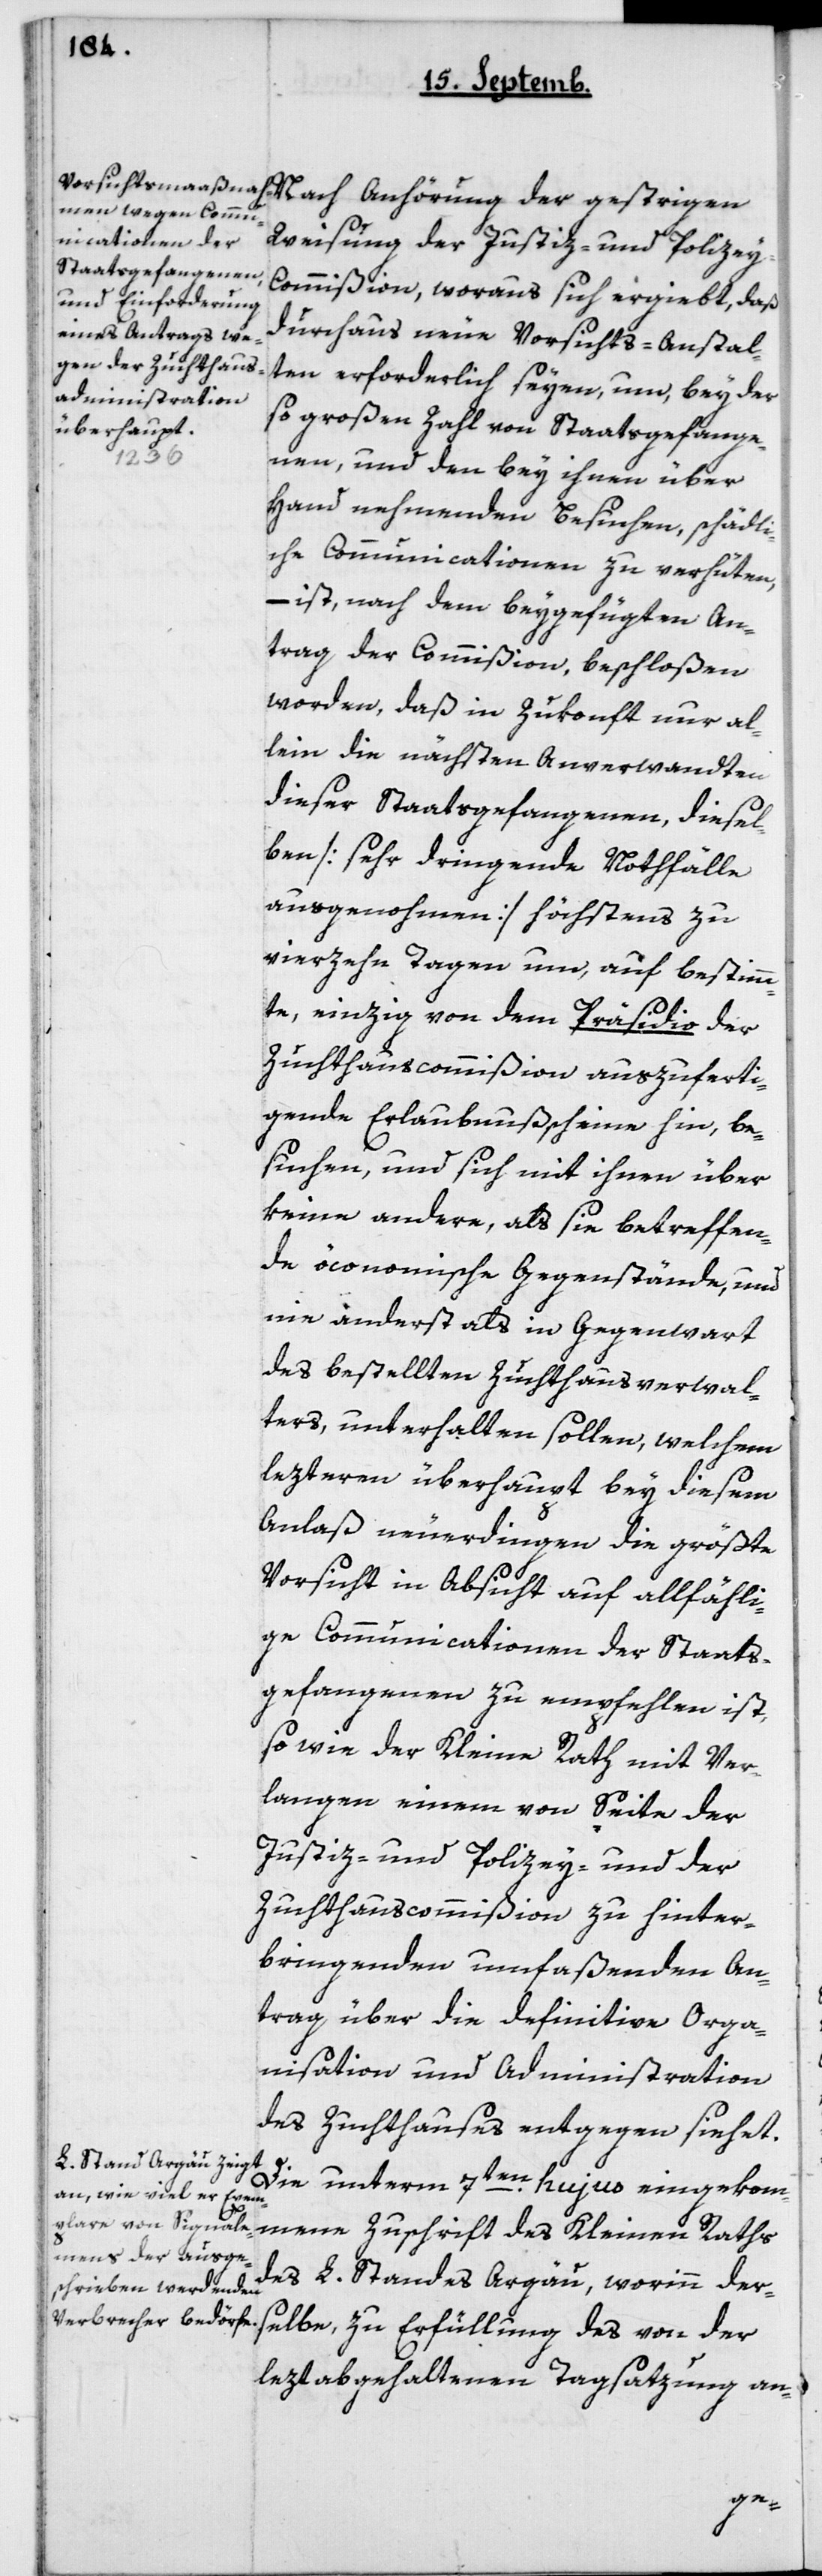
Weisung der Justiz- und Policey-C¬
ommißion, woraus sich ergiebt, daß
durchaus neue Vorsichts-Anstal¬
ten erforderlich seyen, um, bey der
so großen Zahl von Staatsgefange¬
mene
nen, und den bey ihnen über
Hand nehmenden Besuchen, schädli¬
che Communicationen zu verhüten,
– ist, nach dem beygefügten An¬
trag der Commißion, beschloßen
worden, daß in Zukonft nur al¬
lein die nächsten Anverwandten
dieser Staatsgefangenen, diesel¬
ben [sehr dringende Notfälle
ausgenommen] höchstens zu
vierzehn Tagen um, auf bestimm¬
te, einzig von dem Präsidio der
Zuchthauscommißion auszuferti¬
gende Erlaubnußscheine hin, be¬
suchen, und sich mit ihnen über
keine andere, als sie betreffen¬
de ökonomischen Gegenstände, und
eine anderst als in Gegenwart
des bestellten Zuchthausverwal¬
ters, unterhalten sollen, welchem
lezteren überhaupt bey diesem
Anlaß neuerdingen die größte
Vorsicht in Absicht auf allfälli¬
ge Communicationen der Staats¬
gefangenen zu empfehlen ist,
so wie der Kleine Rath mit Ver¬
langen einem von Seite der
Justiz- und Policey- und der
Zuchthaus-Commißion zu hinter¬
bringenden umfaßenden An¬
trag über die definitive Orga¬
nisation und Administration
des Zuchthauses entgegen siehet.
Die unterm 7ten hujus eingekom¬
des L. Standes Argau, worinn der¬
selbe zu Erfüllung des von der
lezt abgehaltenen Tagsatzung an-